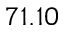
7 1 . 1 0